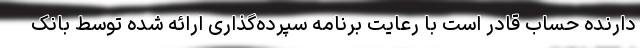
دارنده حساب قادر است با رعایت برنامه سپرده‌گذاری ارائه شده توسط بانک